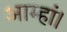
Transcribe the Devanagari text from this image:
आम्हां।